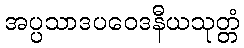
အပ္ပသာဒပဝေဒနီယသုတ္တံ